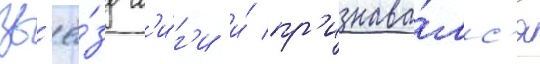
зв'ё́зд л'и́г'и и́ пр'изнава́лс'я